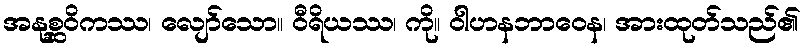
အနုစ္ဆဝိကဿ၊ လျော်သော။ ဝီရိယဿ၊ ကို။ ဝါဟနဘာဝေန၊ အားထုတ်သည်၏